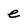
Character: e